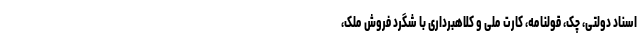
اسناد دولتی، چک، قولنامه، کارت ملی و کلاهبرداری با شگرد فروش ملک،